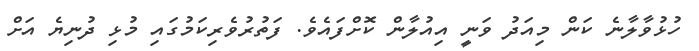
ހުޅުވާލާނެ ކަން މިއަދު ވަނީ އިއުލާން ކޮށްފައެވެ. ފަތުރުވެރިކަމުގައި މުޅި ދުނިޔެ އަށް